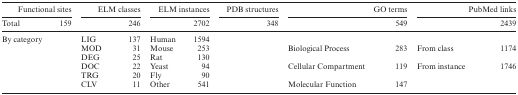
<table><thead><tr><td colspan="2"><b>Functional sites</b></td><td colspan="2"><b>ELM classes</b></td><td colspan="2"><b>ELM instances</b></td><td colspan="2"><b>PDB structures</b></td><td colspan="2"><b>GO terms</b></td><td colspan="2"><b>PubMed links</b></td></tr><tr><td><b>Total</b></td><td><b>159</b></td><td></td><td><b>246</b></td><td></td><td><b>2702</b></td><td></td><td><b>348</b></td><td></td><td><b>549</b></td><td></td><td><b>2439</b></td></tr></thead><tbody><tr><td colspan="2">By category</td><td>LIG</td><td>137</td><td>Human</td><td>1594</td><td></td><td></td><td></td><td></td><td></td><td></td></tr><tr><td></td><td></td><td>MOD</td><td>31</td><td>Mouse</td><td>253</td><td></td><td></td><td>Biological Process</td><td>283</td><td>From class</td><td>1174</td></tr><tr><td></td><td></td><td>DEG</td><td>25</td><td>Rat</td><td>130</td><td></td><td></td><td></td><td></td><td></td><td></td></tr><tr><td></td><td></td><td>DOC</td><td>22</td><td>Yeast</td><td>94</td><td></td><td></td><td>Cellular Compartment</td><td>119</td><td>From instance</td><td>1746</td></tr><tr><td></td><td></td><td>TRG</td><td>20</td><td>Fly</td><td>90</td><td></td><td></td><td></td><td></td><td></td><td></td></tr><tr><td></td><td></td><td>CLV</td><td>11</td><td>Other</td><td>541</td><td></td><td></td><td>Molecular Function</td><td>147</td><td></td><td></td></tr></tbody></table>